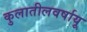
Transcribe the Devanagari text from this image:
कुलातीलवर्षायू